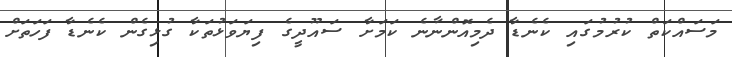
މަސައްކަތް ކުރުމުގައި ކެނެޑާ ދެމިއޮންނާނެ ކަމަށާ ސައޫދީގެ ފިޔަވަޅުތަކާ ގުޅިގެން ކެނެޑާ ފަހަތަށް